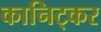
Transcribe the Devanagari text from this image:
कानिट्कर